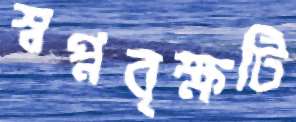
স্বপ্নবৃক্ষটি